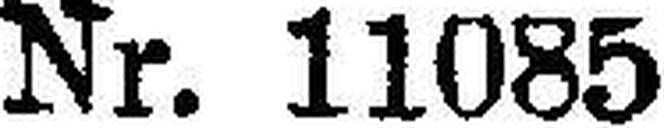
Nr. 11085